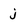
Character: j